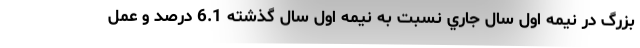
بزرگ در نيمه اول سال جاري نسبت به نيمه اول سال گذشته 6.1 درصد و عمل